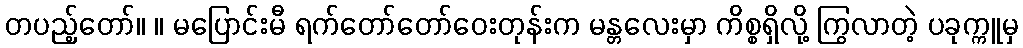
တပည့်တော်။ ။ မပြောင်းမီ ရက်တော်တော်ဝေးတုန်းက မန္တလေးမှာ ကိစ္စရှိလို့ ကြွလာတဲ့ ပခုက္ကူမှ